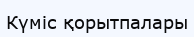
Күміс қорытпалары